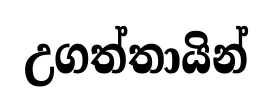
උගත්තායින්